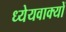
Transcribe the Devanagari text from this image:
ध्येयवाक्यों